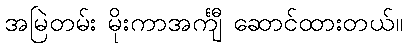
အမြဲတမ်း မိုးကာအင်္ကျီ ဆောင်ထားတယ်။